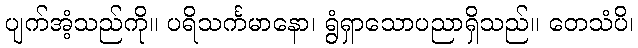
ပျက်အံ့သည်ကို။ ပရိသင်္ကမာနော၊ ရွံရှာသောပညာရှိသည်။ တေသံပိ၊